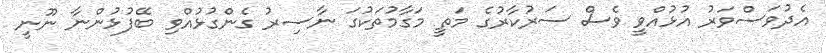
އެދުވަސްވަރު އުޅުއްވީ ވެސް ސަރުކާރުގެ މަތީ މަގާމުތަކުގަ ނާސިރު ގެންގުޅުއްވި ބޭފުޅުންނާ ނޫނީ